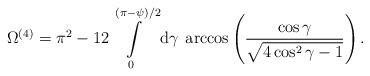
LaTeX: \begin{align*}\Omega^{(4)} = \pi^2 - 12\int\limits_0^{(\pi-\psi)/2}\mbox{d}\gamma \;\arccos\left(\frac{\cos\gamma}{\sqrt{4\cos^2\gamma-1}}\right) .\end{align*}